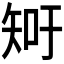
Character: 𥎿